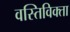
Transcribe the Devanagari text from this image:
वस्तिविक्ता